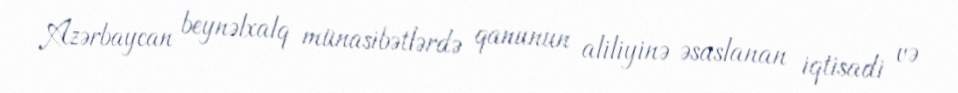
Azərbaycan beynəlxalq münasibətlərdə qanunun aliliyinə əsaslanan iqtisadi və